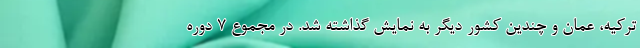
ترکیه، عمان و چندین کشور دیگر به نمایش گذاشته شد. در مجموع 7 دوره